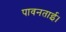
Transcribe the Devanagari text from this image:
पावनताई।